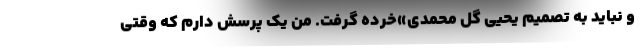
و نباید به تصمیم یحیی‌ گل ‌محمدی»خرده گرفت. من یک پرسش دارم که وقتی